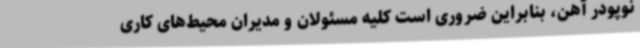
نوپودر آهن، بنابراین ضروری است کلیه مسئولان و مدیران محیط‌های کاری